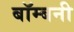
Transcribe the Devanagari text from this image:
बॉम्बनी